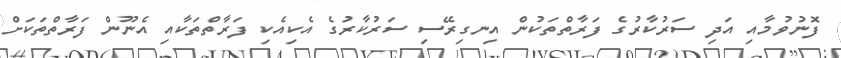
ފޮނުވުމާއި އަދި ސަރުކާރުގެ ފަރާތްތަކުން އިނގިރޭސި ސަރުކާރުގެ އެކިއެކި ފަރާތްތަކާއި އެނޫން ފަރާތްތަކަށް